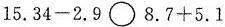
$$1 5 . 3 4 - 2 . 9 \bigcirc 8 . 7 + 5 . 1$$